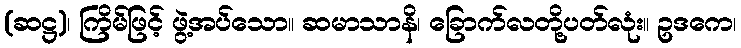
(ဆဋ္ဌ)၊ ကြိမ်ဖြင့် ဖွဲ့အပ်သော။ ဆမာသာနိ၊ ခြောက်လတို့ပတ်လုံး။ ဥဒကေ၊